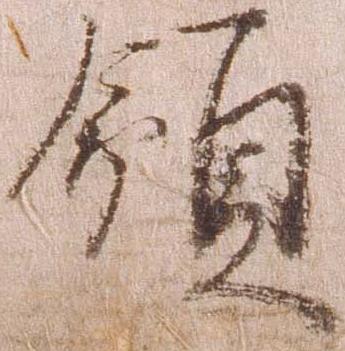
領